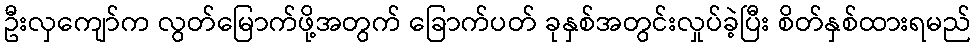
ဦးလှကျော်က လွတ်မြောက်ဖို့အတွက် ခြောက်ပတ် ခုနှစ်အတွင်းလှုပ်ခဲ့ပြီး စိတ်နှစ်ထားရမည်